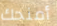
أمنحك